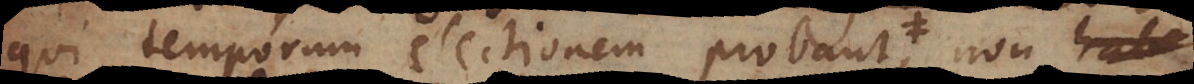
qui temporum electionem probant et quae